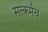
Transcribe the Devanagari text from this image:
सत्कर्मच